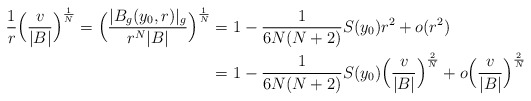
\begin{align*}\frac{1}{r} \Bigl(\frac{v}{ |B|}\Bigr)^{\frac{1}{N}}=\Bigl(\frac{|B_g(y_0,r)|_g}{r^{N} |B|}\Bigr)^{\frac{1}{N}}&= 1 - \frac{1}{6N(N+2)}S(y_0)r^2+o(r^2)\\&= 1 -\frac{1}{6N(N+2)}S(y_0)\Bigl(\frac{v}{|B|}\Bigr)^{\frac{2}{N}}+o\Bigl(\frac{v}{|B|}\Bigr)^{\frac{2}{N}}\end{align*}